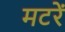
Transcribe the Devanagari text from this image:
मटरें